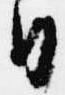
日